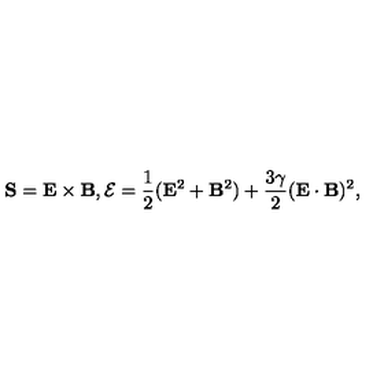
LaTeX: { \bf S } = { \bf E } \times { \bf B } , { \cal { E } } = \frac { 1 } { 2 } ( { \bf E } ^ { 2 } + { \bf B } ^ { 2 } ) + \frac { 3 \gamma } { 2 } ( { \bf E } \cdot { \bf B } ) ^ { 2 } ,